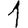
Digit: 1